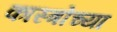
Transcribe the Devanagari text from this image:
कास्त्रोच्या